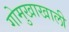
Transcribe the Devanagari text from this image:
गोमुखाखाली